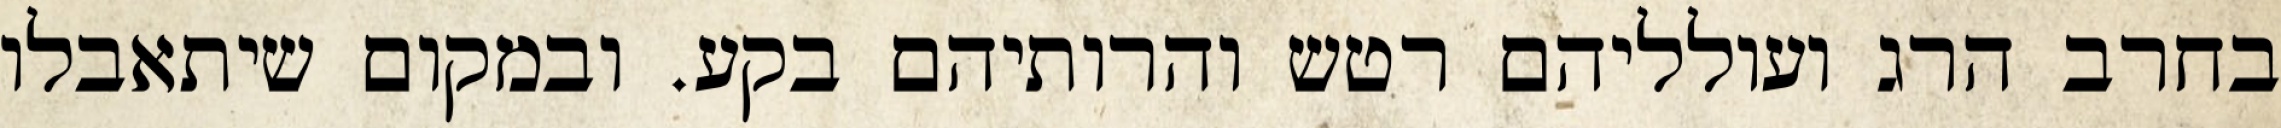
בחרב הרג ועולליהם רטש והרותיהם בקע. ובמקום שיתאבלו